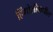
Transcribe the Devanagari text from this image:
हिंगोलीमधील